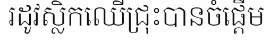
រដូវស្លិកឈើជ្រុះបានចំផ្តើម